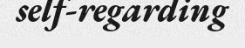
self-regarding